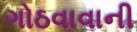
ગોઠવાવાની